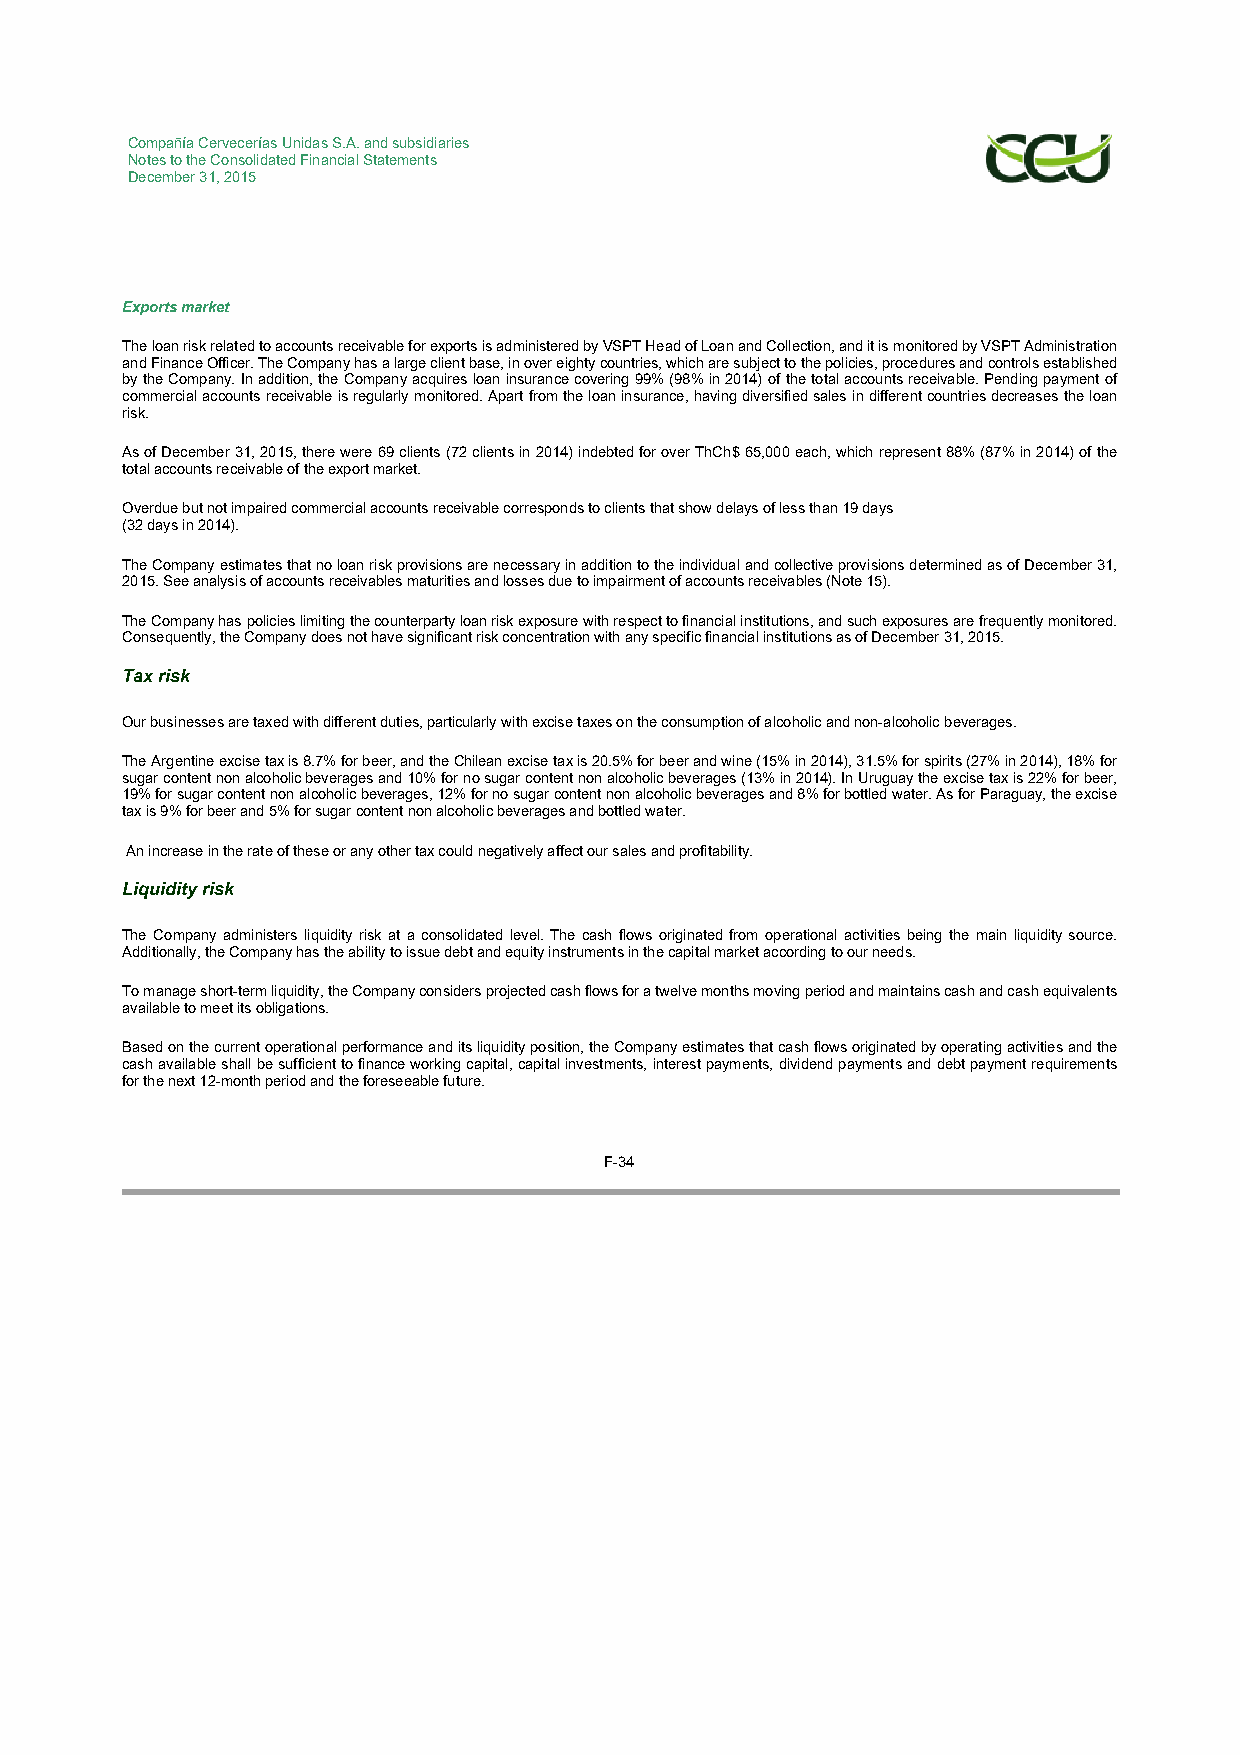
Compañía Cervecerías Unidas S.A. and subsidiaries
 Notes to the Consolidated Financial Statements
 December 31, 2015
 Exports market
 The loan risk related to accounts receivable for exports is administered by VSPT Head of Loan and Collection, and it is monitored by VSPT Administration
 and Finance Officer. The Company has a large client base, in over eighty countries, which are subject to the policies, procedures and controls established
 by the Company. In addition, the Company acquires loan insurance covering 99% (98% in 2014) of the total accounts receivable. Pending payment of
 commercial accounts receivable is regularly monitored. Apart from the loan insurance, having diversified sales in different countries decreases the loan
 risk.
 As of December 31, 2015, there were 69 clients (72 clients in 2014) indebted for over ThCh$ 65,000 each, which represent 88% (87% in 2014) of the
 total accounts receivable of the export market.
 Overdue but not impaired commercial accounts receivable corresponds to clients that show delays of less than 19 days
 (32 days in 2014).
 The Company estimates that no loan risk provisions are necessary in addition to the individual and collective provisions determined as of December 31,
 2015. See analysis of accounts receivables maturities and losses due to impairment of accounts receivables (Note 15).
 The Company has policies limiting the counterparty loan risk exposure with respect to financial institutions, and such exposures are frequently monitored.
 Consequently, the Company does not have significant risk concentration with any specific financial institutions as of December 31, 2015.
 Tax risk
 Our businesses are taxed with different duties, particularly with excise taxes on the consumption of alcoholic and non-alcoholic beverages.
 The Argentine excise tax is 8.7% for beer, and the Chilean excise tax is 20.5% for beer and wine (15% in 2014), 31.5% for spirits (27% in 2014), 18% for
 sugar content non alcoholic beverages and 10% for no sugar content non alcoholic beverages (13% in 2014). In Uruguay the excise tax is 22% for beer,
 19% for sugar content non alcoholic beverages, 12% for no sugar content non alcoholic beverages and 8% for bottled water. As for Paraguay, the excise
 tax is 9% for beer and 5% for sugar content non alcoholic beverages and bottled water.
 An increase in the rate of these or any other tax could negatively affect our sales and profitability.
 Liquidity risk
 The Company administers liquidity risk at a consolidated level. The cash flows originated from operational activities being the main liquidity source.
 Additionally, the Company has the ability to issue debt and equity instruments in the capital market according to our needs.
 To manage short-term liquidity, the Company considers projected cash flows for a twelve months moving period and maintains cash and cash equivalents
 available to meet its obligations.
 Based on the current operational performance and its liquidity position, the Company estimates that cash flows originated by operating activities and the
 cash available shall be sufficient to finance working capital, capital investments, interest payments, dividend payments and debt payment requirements
 for the next 12-month period and the foreseeable future.
 F-34